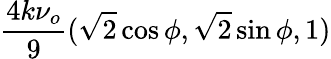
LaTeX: \frac{4k\nu_{o}}{9}(\sqrt{2}\cos\phi,\sqrt{2}\sin\phi,1)